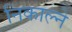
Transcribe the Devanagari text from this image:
निकाल्ने